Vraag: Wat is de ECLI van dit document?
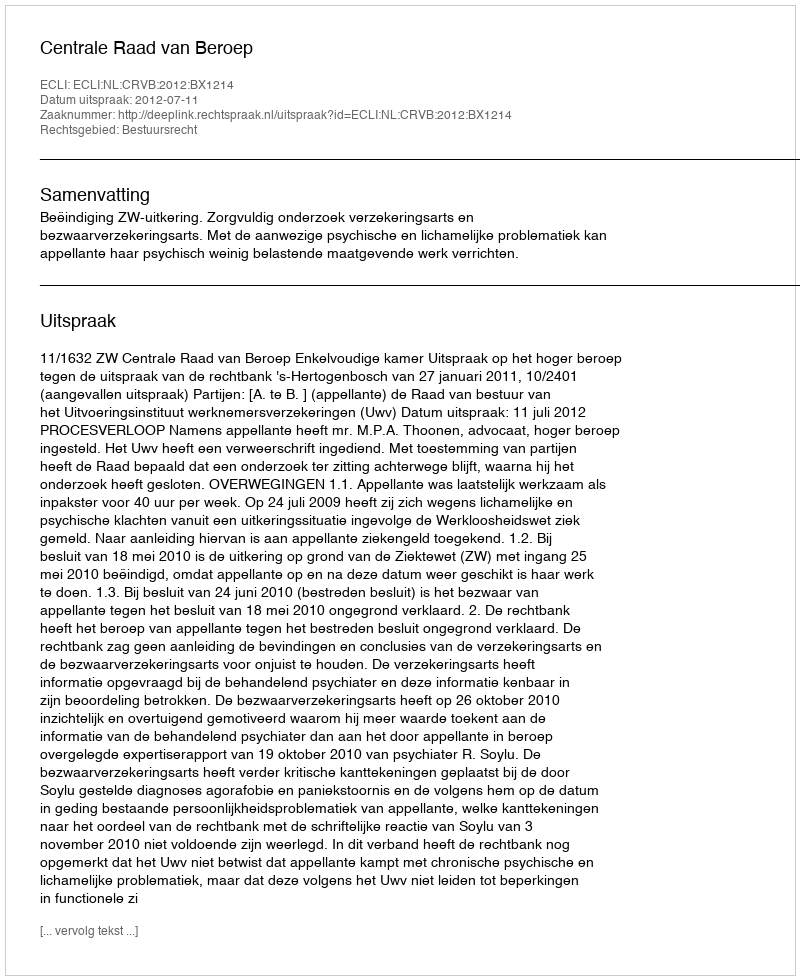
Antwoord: ECLI:NL:CRVB:2012:BX1214